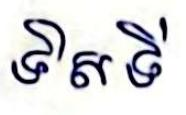
ទិសទី